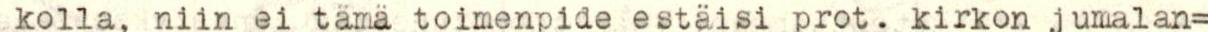
 kolla, niin ei tämä toimenpide estäisi prot. kirkon jumalan=